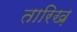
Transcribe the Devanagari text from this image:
तारिख़